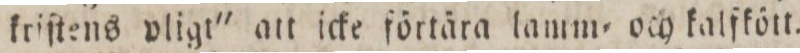
kriſtens vligt' att icke förtära lamm= och kalfkött.